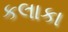
કલાકા